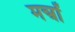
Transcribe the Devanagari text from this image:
मन्त्राें